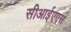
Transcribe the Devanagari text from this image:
सीआईएएस